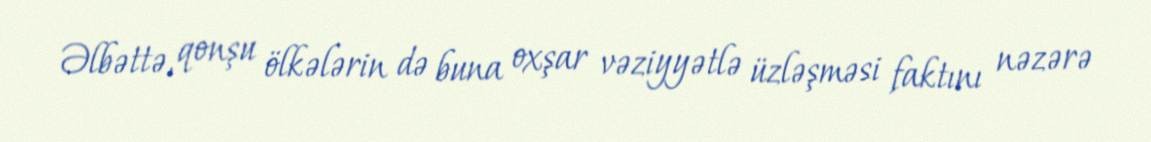
Əlbəttə, qonşu ölkələrin də buna oxşar vəziyyətlə üzləşməsi faktını nəzərə